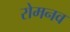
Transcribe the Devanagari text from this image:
रोमनव